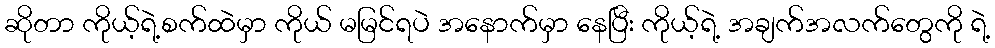
ဆိုတာ ကိုယ့်ရဲ့စက်ထဲမှာ ကိုယ် မမြင်ရပဲ အနောက်မှာ နေပြီး ကိုယ့်ရဲ့ အချက်အလက်တွေကို ရဲ့